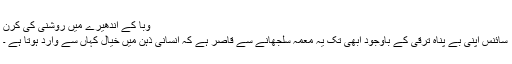
وَبا کے اندھیرے میں روشنی کی کرن
سائنس اپنی بے پناہ ترقی کے باوجود ابھی تک یہ معمہ سلجھانے سے قاصر ہے کہ انسانی ذہن میں خیال کہاں سے وارد ہوتا ہے ۔